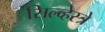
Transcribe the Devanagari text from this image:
सिल्व्हेस्त्रे